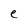
Character: e